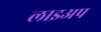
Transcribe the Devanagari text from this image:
लाइअप